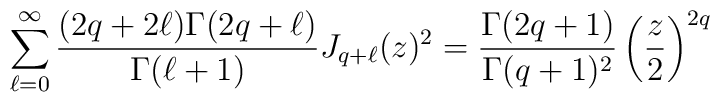
\sum_{\ell=0}^{\infty}\frac{(2q+2\ell)\Gamma(2q+\ell)}{\Gamma(\ell+1)}J_{q+\ell}(z)^2 =\frac{\Gamma(2q+1)}{\Gamma(q+1)^2}\left(\frac{z}{2}\right)^{2q}